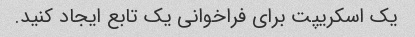
یک اسکریپت برای فراخوانی یک تابع ایجاد کنید.